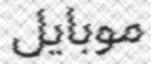
موبايل